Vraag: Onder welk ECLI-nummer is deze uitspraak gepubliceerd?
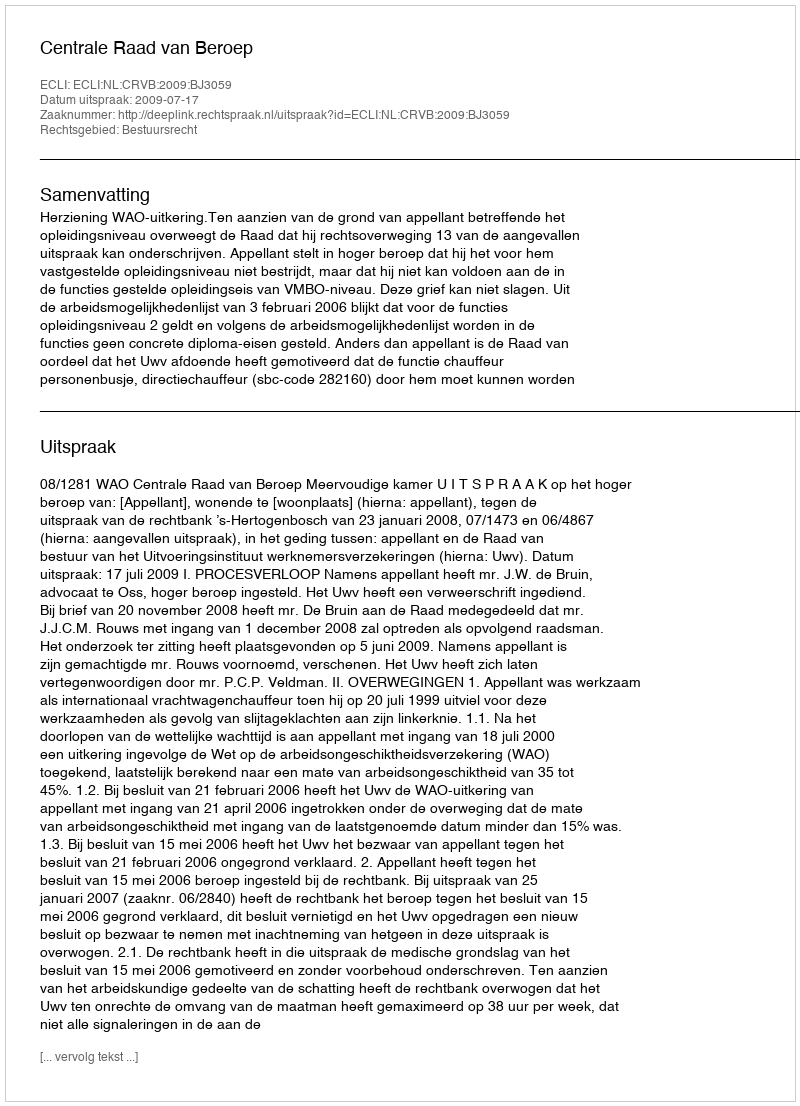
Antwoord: ECLI:NL:CRVB:2009:BJ3059